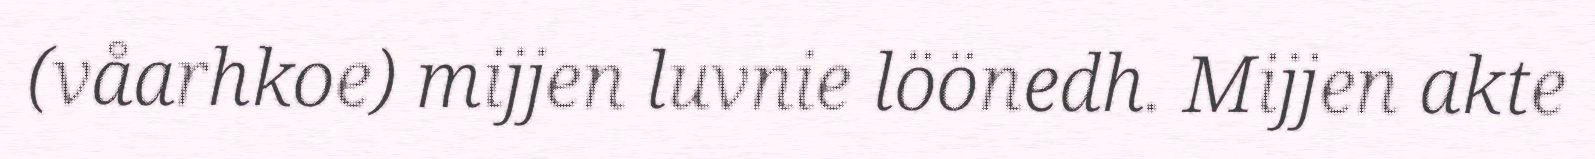
(våarhkoe) mijjen luvnie löönedh. Mijjen akte